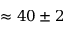
\approx 4 0 \pm 2